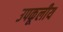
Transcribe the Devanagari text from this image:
उपकूलीय